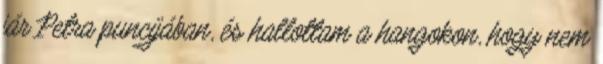
jár Petra puncijában, és hallottam a hangokon, hogy nem